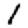
Digit: 1